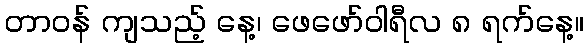
တာဝန် ကျသည့် နေ့၊ ဖေဖော်ဝါရီလ ၈ ရက်နေ့။